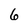
Character: 6